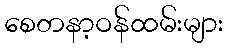
စေတနာ့ဝန်ထမ်းများ